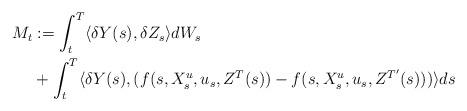
LaTeX: \begin{align*}M_t &:= \int_t^T \langle \delta Y(s),\delta Z_s \rangle dW_s \\ & + \int_t^T \langle \delta Y(s) , (f(s,X^u_s,u_s,Z^T(s)) - f(s,X^u_s,u_s,Z^{T'}(s))) \rangle ds\end{align*}